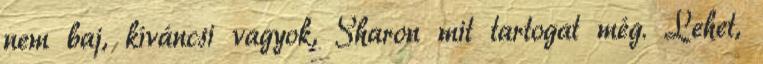
nem baj, kíváncsi vagyok, Sharon mit tartogat még. Lehet,